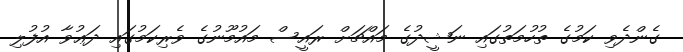
ގެންދެވި ކަމުގެ ތުހުމަތުގައި ނަޝީދުގެ މައްޗަށް ރައީސް މައުމޫނުގެ ވެރިކަމުގައި ދަޢުވާ އުފުލި